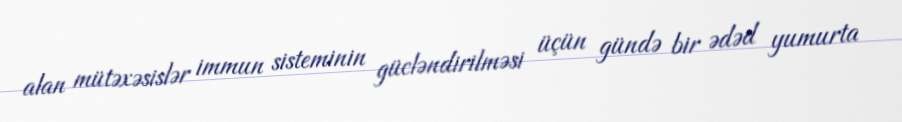
alan mütəxəsislər immun sisteminin gücləndirilməsi üçün gündə bir ədəd yumurta